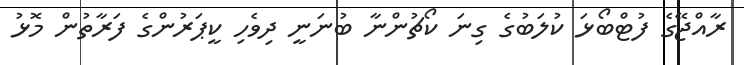
ރާއްޖޭގެ ފުޓްބޯޅަ ކުލަބުގެ ގިނަ ކޯޗުންނާ ބުނަނީ ދިވެހި ކީޕަރުންގެ ފަރާތުން މޮޅު